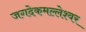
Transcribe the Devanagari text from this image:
जगदेकमल्लेश्वर